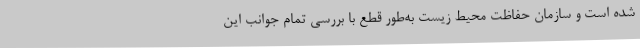
شده است و سازمان حفاظت محیط زیست به‌طور قطع با بررسی تمام جوانب این